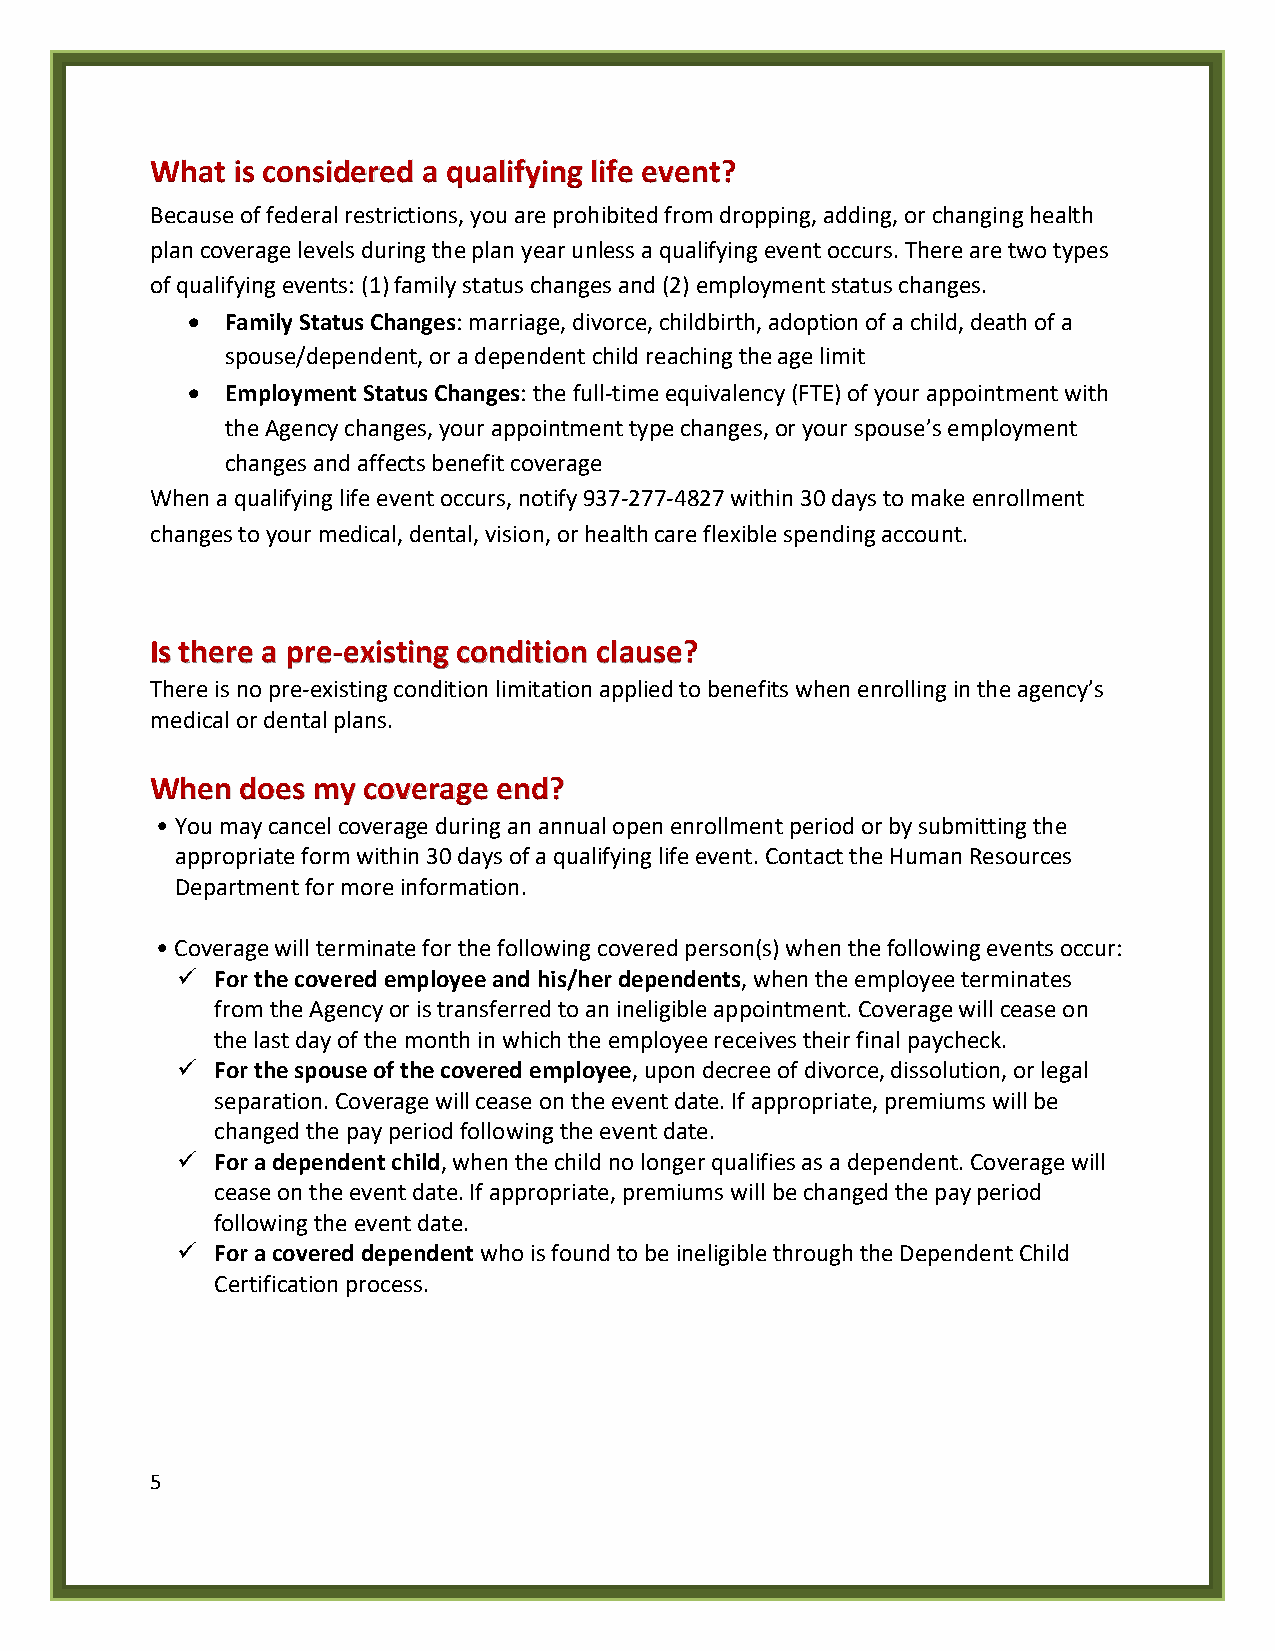
What is considered a qualifying life event?
 Because of federal restrictions, you are prohibited from dropping, adding, or changing health
 plan coverage levels during the plan year unless a qualifying event occurs. There are two types
 of qualifying events: (1) family status changes and (2) employment status changes.
 •  Family Status Changes: marriage, divorce, childbirth, adoption of a child, death of a
 spouse/dependent, or a dependent child reaching the age limit
 •  Employment Status Changes: the full-time equivalency (FTE) of your appointment with
 the Agency changes, your appointment type changes, or your spouse’s employment
 changes and affects benefit coverage
 When a qualifying life event occurs, notify 937-277-4827 within 30 days to make enrollment
 changes to your medical, dental, vision, or health care flexible spending account.
 Is there a pre-existing condition clause?
 There is no pre-existing condition limitation applied to benefits when enrolling in the agency’s
 medical or dental plans.
 When  does my coverage end?
 • You may cancel coverage during an annual open enrollment period or by submitting the
 appropriate form within 30 days of a qualifying life event. Contact the Human Resources
 Department for more information.
 • Coverage will terminate for the following covered person(s) when the following events occur:
  For the covered employee and his/her dependents, when the employee terminates
 from the Agency or is transferred to an ineligible appointment. Coverage will cease on
 the last day of the month in which the employee receives their final paycheck.
  For the spouse of the covered employee, upon decree of divorce, dissolution, or legal
 separation. Coverage will cease on the event date. If appropriate, premiums will be
 changed the pay period following the event date.
  For a dependent child, when the child no longer qualifies as a dependent. Coverage will
 cease on the event date. If appropriate, premiums will be changed the pay period
 following the event date.
  For a covered dependent who is found to be ineligible through the Dependent Child
 Certification process.
 5